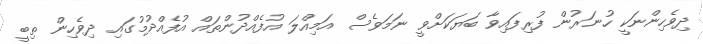
ދިވެހިންނަކީ ހުނަރުން ފުރިފައިވާ ބަޔަކަށްވީ ނަމަވެސް އަމިއްލަ އުފެއްދުންތައް އުފެއްދުމުގައި ދިވެހިން ތިބީ